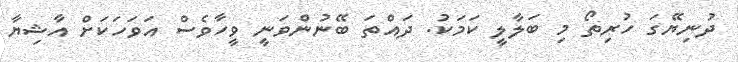
ދުނިޔޭގަ ހުރިތޯ މި ބަލާލީ ކަމަކު. ދައްތަ ބޭނުންވަނީ ވީހާވެސް އަވަހަކަށް އާޝިޔާ